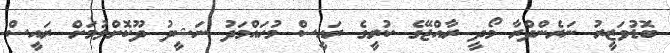
ބޮޑުވަޒީރު ނަރެންދްރާ މޯދީ ރާއްޖޭގެ ކުރީގެ ރައީސް މުހައްމަދު ނަޝީދު ދޫކޮށްލުމަށް ރައީސް